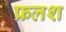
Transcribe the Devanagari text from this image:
फ्रलश